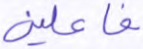
فاعلين